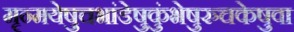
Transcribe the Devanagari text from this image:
मृन्मयेषुचभांडेषुकुंभेषुरुचकेषुवा